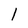
Character: 1